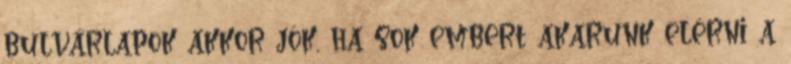
bulvárlapok akkor jók, ha sok embert akarunk elérni a